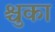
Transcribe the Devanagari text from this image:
श्चुका